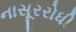
નાસૂરરોધી